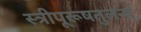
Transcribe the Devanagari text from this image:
स्त्रीपूरूषतुलना